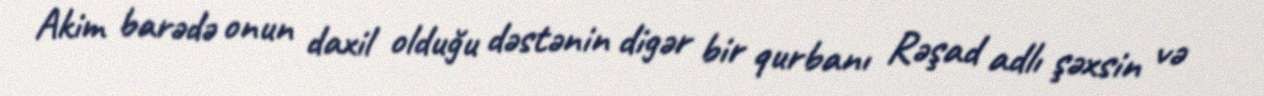
Akim barədə onun daxil olduğu dəstənin digər bir qurbanı Rəşad adlı şəxsin və